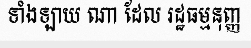
ទាំងឡាយ ណា ដែល រដ្ឋធម្មនុញ្ញ